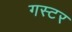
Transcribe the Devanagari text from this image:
गस्टर